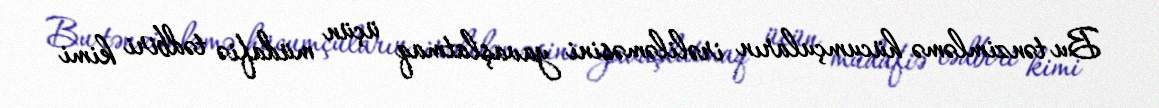
Bu tənzimləmə hücumçuların irəliləməsini yavaşlatmaq üçün müdafiə tədbiri kimi